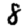
Digit: 8